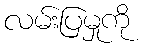
လမ်းပြမှုကို